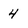
Character: 4